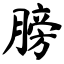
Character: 膀